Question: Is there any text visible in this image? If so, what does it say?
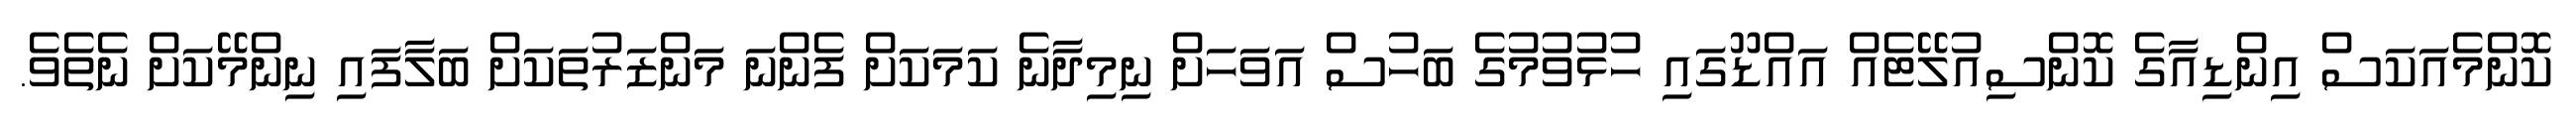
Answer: ކޮންމެއަކަސް އިންޑިއާގެ ކޮންސިއުލޭޓެއް އައްޑޫގައި ހުޅުވުމުގެ ބަހުސް އަވަހަށް ނިމިދާނެ ކަމަކަށް ފެންނަ މަންޒަރުތަކަށް ބަލާފައި ނިންމޭކަށް ނެތެވެ.